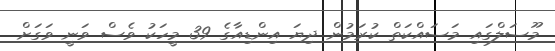
މޫސަލްގައި މަސައްކަތް ކުރަމުން ދިޔަ އިންޑިއާގެ 39 މީހަކު ވެސް ވަނީ ވަގަށް